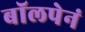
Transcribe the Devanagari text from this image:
बॉलपेनं